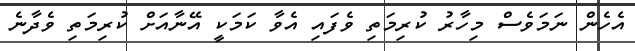
އެހެން ނަމަވެސް މިހާރު ކުރިމަތި ވެފައި އެވާ ކަމަކީ އޭނާއަށް ކުރިމަތި ވެދާނެ